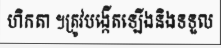
ហិកតា ។ត្រូវបង្កើតឡើងនិងទទួល